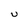
Character: U